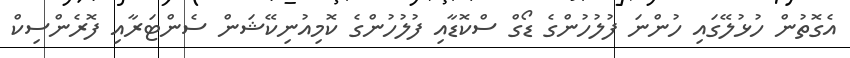
އެގޮތުން ހުޅުލޭގައި ހުންނަ ފުލުހުންގެ ޑޯގް ސްކޮޑާއި ފުލުހުންގެ ކޮމިއުނިކޭޝަން ސެންޓަރާއި ފޮރެންސިކް